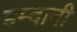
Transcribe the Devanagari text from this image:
हम्दानी